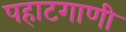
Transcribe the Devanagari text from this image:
पहाटगाणी